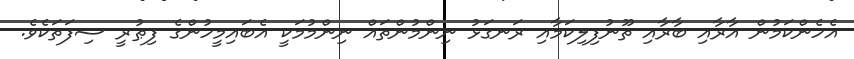
އެހެންކަމުން އާރާއި ބާރާއި ތޫނުފިލިކަމާއި ރަނގަޅު ނިންމުންތައް ނިންމުމަކީ އެބައިމީހުންގެ ފިޠުރީ ސިފަތަކެވެ.